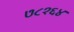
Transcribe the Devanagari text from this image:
७८१६४